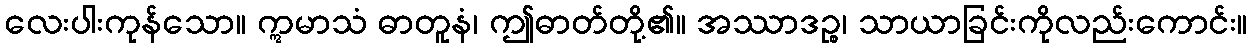
လေးပါးကုန်သော။ ဣမာသံ ဓာတူနံ၊ ဤဓာတ်တို့၏။ အဿာဒဉ္စ၊ သာယာခြင်းကိုလည်းကောင်း။